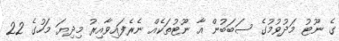
ގެ ނޫޓު މަދުވުމުގެ ސަބަބުން އާ ނޫޓުތަކެއް ނެރެފައިވާއިރު މިދިޔަ މަހުގެ 22